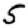
Digit: 5